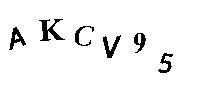
AKCV95